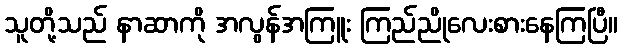
သူတို့သည် နာဆာကို အလွန်အကြူး ကြည်ညိုလေးစားနေကြပြီ။